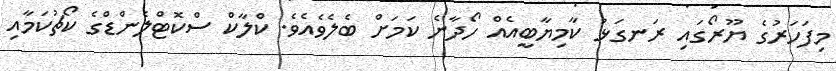
މިފަހަރުގެ ޔޫރޯގައި ރަނގަޅު ކާމިޔާބީއެއް ހޯދާނެ ކަމަށް ބެލެވެއެވެ. ކްލާކް ސްކޮޓްލެންޑްގެ ކޯޗުކަމާއި